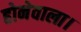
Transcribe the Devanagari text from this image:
होनेवाला।